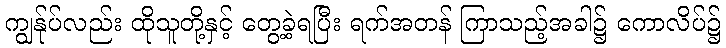
ကျွန်ုပ်လည်း ထိုသူတို့နှင့် တွေ့ခဲ့ရပြီး ရက်အတန် ကြာသည့်အခါ၌ ကောလိပ်၌